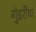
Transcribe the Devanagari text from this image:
गुंडरीपा